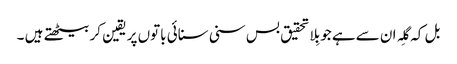
بل کہ گِلہ ان سےہے جو بِلاتحقیق بس سنی سنائی باتوں پر یقین کر بیٹھتے ہیں ۔